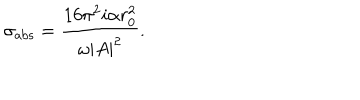
\sigma _ { \mathrm { a b s } } = { \frac { 1 6 \pi ^ { 2 } i \alpha r _ { 0 } ^ { 2 } } { \omega | A | ^ { 2 } } } .